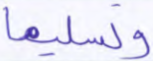
وتسليما